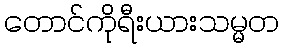
တောင်ကိုရီးယားသမ္မတ